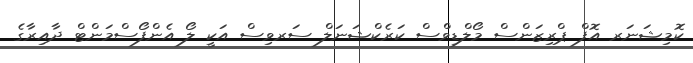
ކޮމިޝަނަރ އޮފް ޕްރިޒަންސް މޯލްޑިވްސް ކަރެކްޝަނަލް ސަރވިސް އަކީ ލޯ އެންފޯސްމަންޓް ދާއިރާގެ